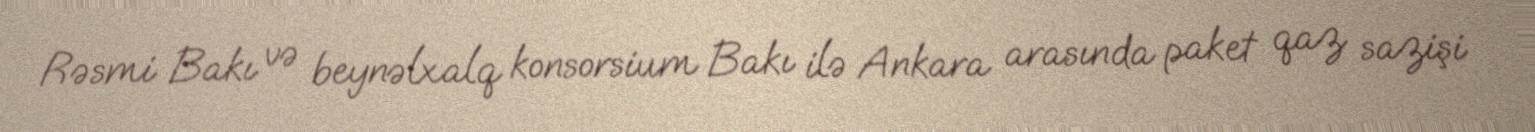
Rəsmi Bakı və beynəlxalq konsorsium Bakı ilə Ankara arasında paket qaz sazişi